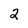
Character: 2